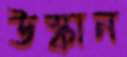
উস্কান